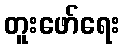
တူးဖော်ရေး